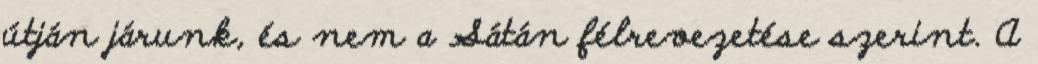
útján járunk, és nem a Sátán félrevezetése szerint. A